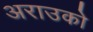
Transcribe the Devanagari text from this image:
अराउको